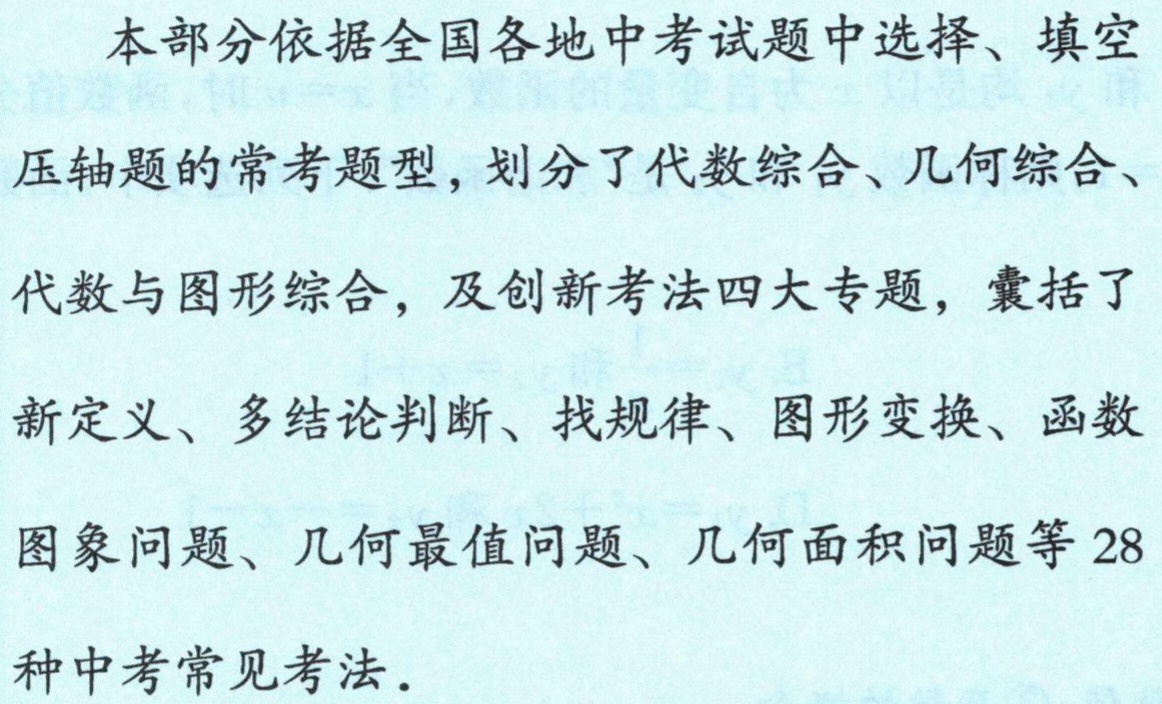
本部分依据全国各地中考试题中选择、填空

压轴题的常考题型，划分了代数综合、几何综合、

代数与图形综合，及创新考法四大专题，囊括了

新定义、多结论判断、找规律、图形变换、函数

图象问题、几何最值问题、几何面积问题等 28

种中考常见考法.